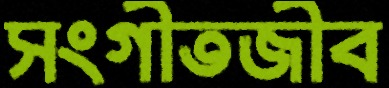
সংগীতজীব